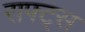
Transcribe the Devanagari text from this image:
राफ्ट्स